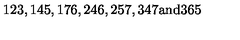
1 2 3 , 1 4 5 , 1 7 6 , 2 4 6 , 2 5 7 , 3 4 7 \mathrm { a n d } 3 6 5